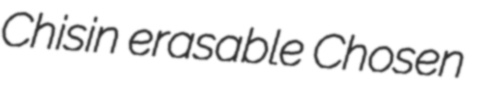
Chisin erasable Chosen